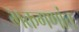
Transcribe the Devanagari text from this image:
भक्तगणांत